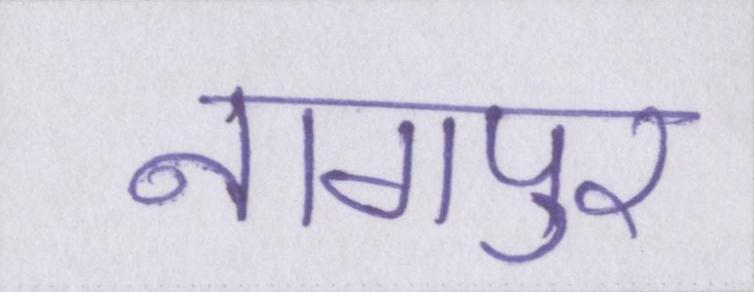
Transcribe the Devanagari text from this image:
नागपुर